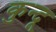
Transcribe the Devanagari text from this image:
कुन्दू